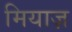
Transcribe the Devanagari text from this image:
मियाज़